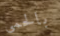
بالحمى